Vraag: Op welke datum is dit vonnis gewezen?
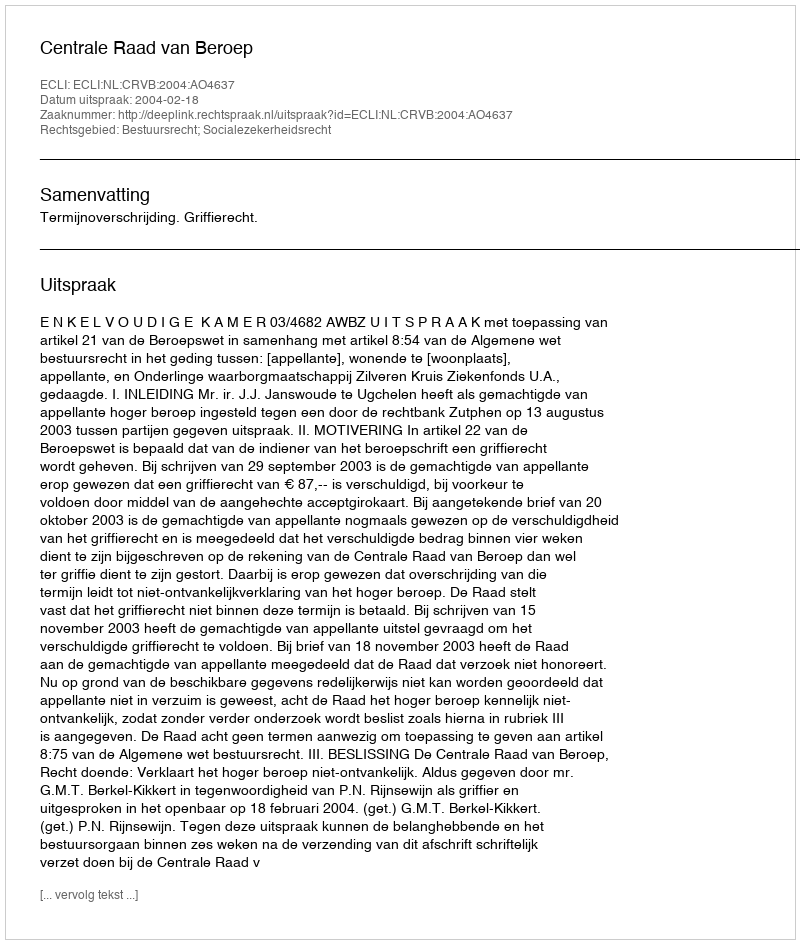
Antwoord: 2004-02-18